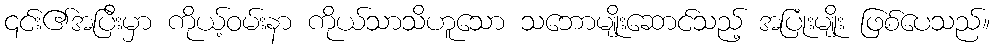
၎င်း၏အပြီးမှာ ကိုယ့်ဝမ်းနာ ကိုယ်သာသိဟူသော သဘောမျိုးဆောင်သည့် အပြုံးမျိုး ဖြစ်ပေသည်။